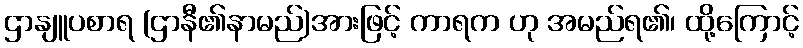
ဌာနျူပစာရ (ဌာနီ၏နာမည်)အားဖြင့် ကာရက ဟု အမည်ရ၏၊ ထို့ကြောင့်